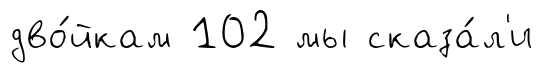
дво́йкам 102 мы сказа́л'и